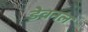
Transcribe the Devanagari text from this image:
डेवनल